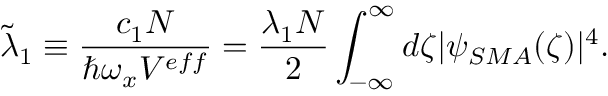
\Tilde { \lambda } _ { 1 } \equiv \frac { c _ { 1 } N } { \hbar \omega _ { x } V ^ { e f f } } = \frac { \lambda _ { 1 } N } { 2 } \int _ { - \infty } ^ { \infty } d \zeta | \psi _ { S M A } ( \zeta ) | ^ { 4 } .